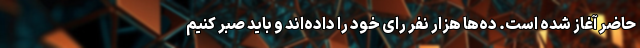
حاضر آغاز شده است. ده‌ها هزار نفر رای خود را داده‌اند و باید صبر کنیم